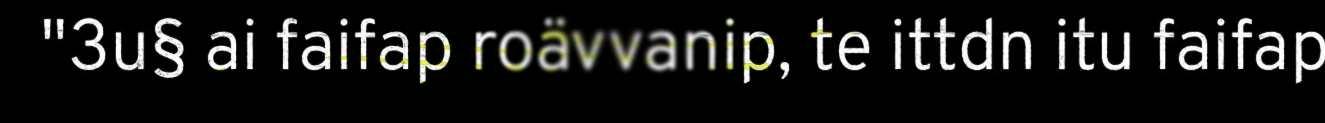
"3u§ ai faifap roävvanip, te ittdn itu faifap